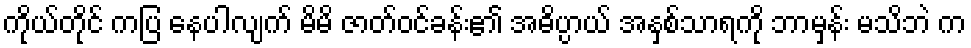
ကိုယ်တိုင် ကပြ နေပါလျက် မိမိ ဇာတ်ဝင်ခန်း၏ အဓိပ္ပာယ် အနှစ်သာရကို ဘာမှန်း မသိဘဲ က